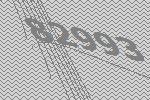
82993